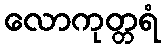
လောကုတ္တရံ